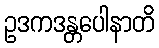
ဥဒကဒန္တပေါနာတိ